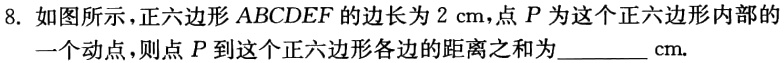
8. 如图所示，正六边形 \(ABCDEF\) 的边长为 \(2\mathrm{cm}\)，点 \(P\) 为这个正六边形内部的一个动点，则点 \(P\) 到这个正六边形各边的距离之和为________ \(\mathrm{cm}\).